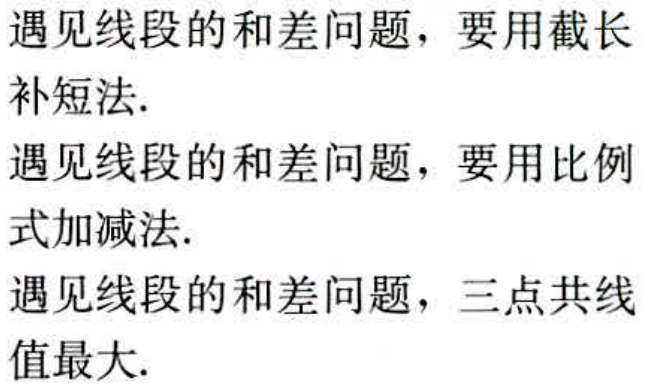
遇见线段的和差问题，要用截长补短法.

遇见线段的和差问题，要用比例式加减法.

遇见线段的和差问题，三点共线值最大.